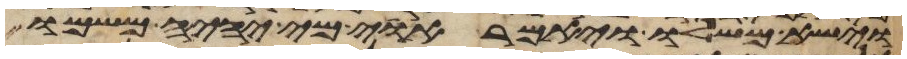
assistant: וישא משלו ויאמר אוי מי יהיה משמו